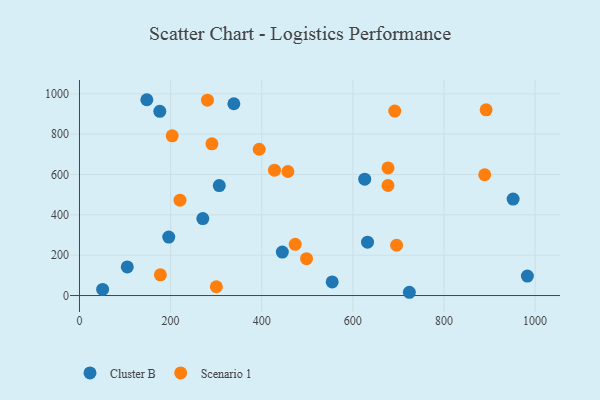
{"axis": {"x": "Experience", "y": "Fuel Efficiency"}, "legend": ["Cluster B", "Scenario 1"], "data": [{"x": "195.9", "y": 290.0, "type": "Cluster B"}, {"x": "445.2", "y": 215.6, "type": "Cluster B"}, {"x": "554.6", "y": 67.4, "type": "Cluster B"}, {"x": "983.0", "y": 96.6, "type": "Cluster B"}, {"x": "270.7", "y": 381.7, "type": "Cluster B"}, {"x": "632.2", "y": 264.7, "type": "Cluster B"}, {"x": "147.8", "y": 970.8, "type": "Cluster B"}, {"x": "724.0", "y": 16.2, "type": "Cluster B"}, {"x": "626.0", "y": 577.0, "type": "Cluster B"}, {"x": "338.8", "y": 950.8, "type": "Cluster B"}, {"x": "104.9", "y": 142.1, "type": "Cluster B"}, {"x": "306.8", "y": 545.0, "type": "Cluster B"}, {"x": "176.3", "y": 913.2, "type": "Cluster B"}, {"x": "951.7", "y": 478.1, "type": "Cluster B"}, {"x": "50.8", "y": 30.3, "type": "Cluster B"}, {"x": "428.0", "y": 621.6, "type": "Scenario 1"}, {"x": "892.5", "y": 920.8, "type": "Scenario 1"}, {"x": "394.4", "y": 725.2, "type": "Scenario 1"}, {"x": "220.6", "y": 472.9, "type": "Scenario 1"}, {"x": "290.7", "y": 752.3, "type": "Scenario 1"}, {"x": "203.5", "y": 791.8, "type": "Scenario 1"}, {"x": "889.3", "y": 598.8, "type": "Scenario 1"}, {"x": "280.9", "y": 968.6, "type": "Scenario 1"}, {"x": "677.1", "y": 545.6, "type": "Scenario 1"}, {"x": "692.0", "y": 914.4, "type": "Scenario 1"}, {"x": "457.4", "y": 614.9, "type": "Scenario 1"}, {"x": "473.5", "y": 253.8, "type": "Scenario 1"}, {"x": "300.4", "y": 43.5, "type": "Scenario 1"}, {"x": "696.0", "y": 249.4, "type": "Scenario 1"}, {"x": "677.2", "y": 632.5, "type": "Scenario 1"}, {"x": "498.3", "y": 183.0, "type": "Scenario 1"}, {"x": "177.6", "y": 102.8, "type": "Scenario 1"}]}